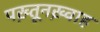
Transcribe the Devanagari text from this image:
पख़्तूनख़्वाह